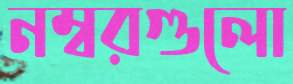
নম্বরগুলো